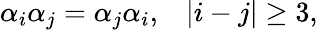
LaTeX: \begin{array}{cc}{{\alpha_{i}\alpha_{j}=\alpha_{j}\alpha_{i},}}&{{|i-j|\geq 3,}}\end{array}